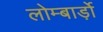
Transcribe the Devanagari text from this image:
लोम्बार्ड़ो